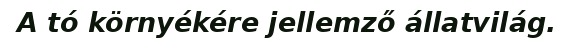
A tó környékére jellemző állatvilág.